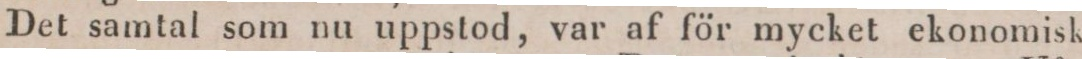
Det samtal som nu uppstod, var af för mycket ekonomisk